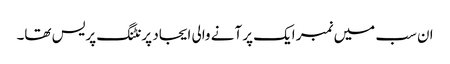
ان سب میں نمبر ایک پر آنے والی ایجاد پرنٹنگ پریس تھا۔